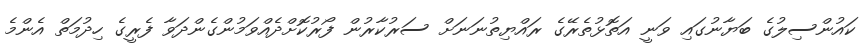
ކައުންސިލުގެ ބަޔާނުގައި ވަނީ އަތޮޅުތެރޭގެ ރައްޔިތުނަނަށް ސަރުކާރުން ފޯރުކޮށްދެއްވަމުންގެންދަވާ ފެރީގެ ހިދުމަތް އެންމެ